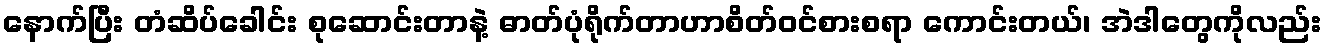
နောက်ပြီး တံဆိပ်ခေါင်း စုဆောင်းတာနဲ့ ဓာတ်ပုံရိုက်တာဟာစိတ်ဝင်စားစရာ ကောင်းတယ်၊ အဲဒါတွေကိုလည်း